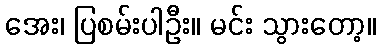
အေး၊ ပြစမ်းပါဦး။ မင်း သွားတော့။